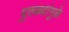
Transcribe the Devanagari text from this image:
पुतळ्यांमुळे